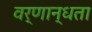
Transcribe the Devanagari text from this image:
वर्णान्धता